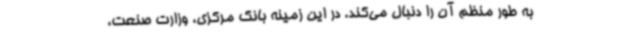
به طور منظم آن را دنبال می‌کند. در این زمینه بانک مرکزی، وزارت صنعت،